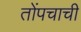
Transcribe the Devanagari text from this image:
तोंपचाची